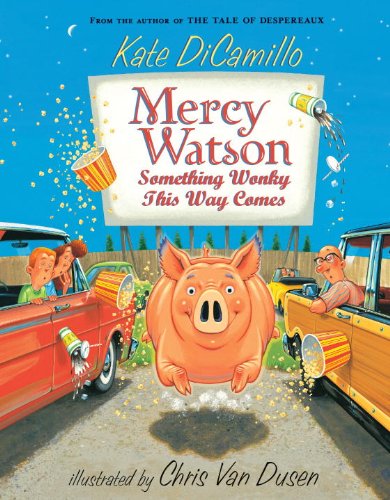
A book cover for Mercy Watson: Something Wonky this Way Comes; Kate DiCamillo; Children's Books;